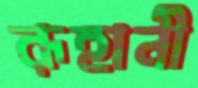
রূহানী